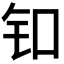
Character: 𬬪